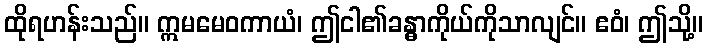
ထိုရဟန်းသည်။ ဣမမေဝကာယံ၊ ဤငါ၏ခန္ဓာကိုယ်ကိုသာလျင်။ ဧဝံ၊ ဤသို့။